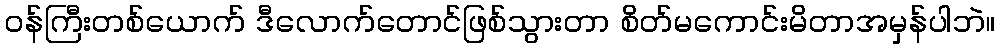
ဝန်ကြီးတစ်ယောက် ဒီလောက်တောင်ဖြစ်သွားတာ စိတ်မကောင်းမိတာအမှန်ပါဘဲ။